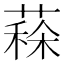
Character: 𦸸